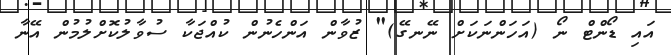
އައި ޑޯންޓް ނޯ (އަހަންނަކަށް ނޭނގޭ)" ޒުވާން އަންހެނުން ކުއްޖަކާ ސުވާލުކޮށްލުމުން އޭނާ